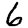
Digit: 6